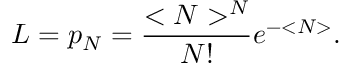
{ \cal L } = p _ { N } = \frac { < N > ^ { N } } { N ! } e ^ { - < N > } .